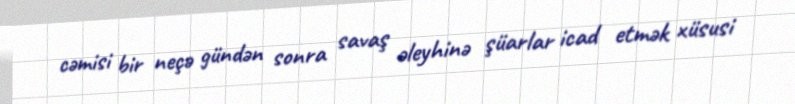
cəmisi bir neçə gündən sonra savaş əleyhinə şüarlar icad etmək xüsusi